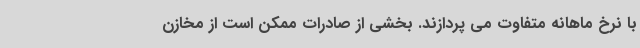
با نرخ ماهانه متفاوت می پردازند. بخشی از صادرات ممکن است از مخازن